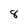
Character: 8